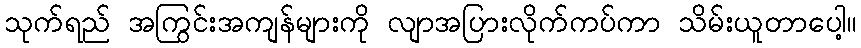
သုက်ရည် အကြွင်းအကျန်များကို လျာအပြားလိုက်ကပ်ကာ သိမ်းယူတာပေါ့။